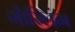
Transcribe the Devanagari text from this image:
गौस्लिंग